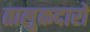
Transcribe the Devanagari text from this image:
तालुकदारों